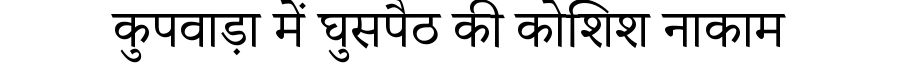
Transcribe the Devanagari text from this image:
कुपवाड़ा में घुसपैठ की कोशिश नाकाम